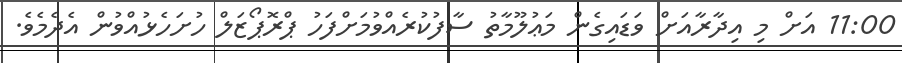
11:00 އަށް މި އިދާރާއަށް ވަޑައިގެން މަޢުލޫމާތު ސާފުކުރެއްވުމަށްފަހު ޕްރޮޕޯޒަލް ހުށަހެޅުއްވުން އެދެމެވެ.